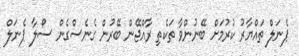
ޕެނަލް ތައްޔާރު ކުރުމަށް ބޭނުންވާ ތަކެތި ރާއްޖޭން ބޭރުން ގެނެސްގެން ސޯލާ ޕެނަލް